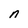
Character: n